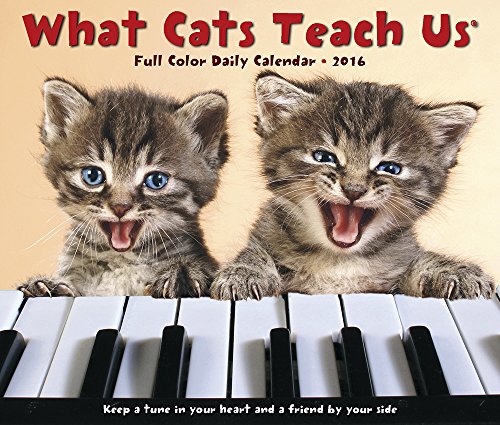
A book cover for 2016 What Cats Teach Us Box Calendar; Willow Creek Press; Calendars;